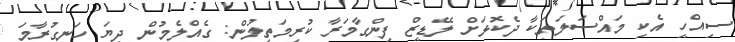
ސިއްހީ އެކި މައްސަލަތަކާ ދެކޮޅަށް ލޭޑީޒް ފިންގާމަރާ ކުރިމަތިލުން: ގެއްލެމުން ދިޔަ ހަނގުރާމަ